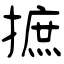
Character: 摭